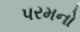
પરમનો